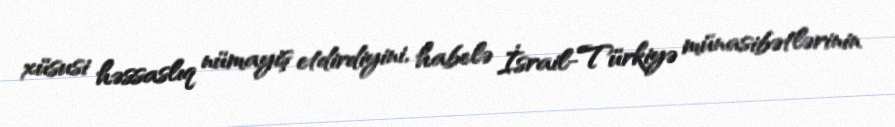
xüsusi həssaslıq nümayiş etdirdiyini, habelə İsrail-Türkiyə münasibətlərinin